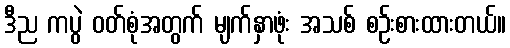
ဒီည ကပွဲ ဝတ်စုံအတွက် မျက်နှာဖုံး အသစ် စဉ်းစားထားတယ်။